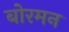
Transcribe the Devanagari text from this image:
बोरमन